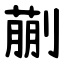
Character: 蒯